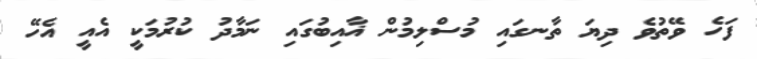
ފަހެ ވޭތުވެ ދިޔަ ތާނގައި މުސްލިމުން ޣާއިބުގައި ނަމާދު ކުރުމަކީ އެއީ އެހޭ